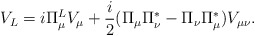
\begin{align*}V_{L} = i \Pi_{\mu}^{L} V_{\mu} + \frac{i}{2} (\Pi_{\mu} \Pi_{\nu}^{*} - \Pi_{\nu} \Pi_{\mu}^{*}) V_{\mu \nu} . \end{align*}